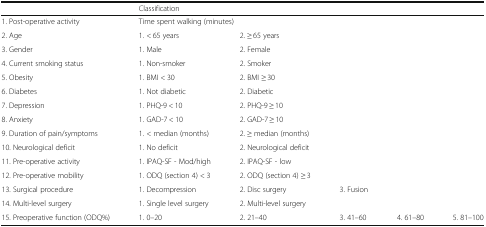
<table><thead><tr><td></td><td colspan="5"><b>Classification</b></td></tr></thead><tbody><tr><td>1. Post-operative activity</td><td colspan="2">Time spent walking (minutes)</td><td></td><td></td><td></td></tr><tr><td>2. Age</td><td>1. &lt; 65 years</td><td colspan="4">2. ≥ 65 years</td></tr><tr><td>3. Gender</td><td>1. Male</td><td>2. Female</td><td></td><td></td><td></td></tr><tr><td>4. Current smoking status</td><td>1. Non-smoker</td><td>2. Smoker</td><td></td><td></td><td></td></tr><tr><td>5. Obesity</td><td>1. BMI &lt; 30</td><td>2. BMI ≥ 30</td><td></td><td></td><td></td></tr><tr><td>6. Diabetes</td><td>1. Not diabetic</td><td>2. Diabetic</td><td></td><td></td><td></td></tr><tr><td>7. Depression</td><td>1. PHQ-9 &lt; 10</td><td>2. PHQ-9 ≥ 10</td><td></td><td></td><td></td></tr><tr><td>8. Anxiety</td><td>1. GAD-7 &lt; 10</td><td>2. GAD-7 ≥ 10</td><td></td><td></td><td></td></tr><tr><td>9. Duration of pain/symptoms</td><td>1. &lt; median (months)</td><td>2. ≥ median (months)</td><td></td><td></td><td></td></tr><tr><td>10. Neurological deficit</td><td>1. No deficit</td><td>2. Neurological deficit</td><td></td><td></td><td></td></tr><tr><td>11. Pre-operative activity</td><td>1. IPAQ-SF - Mod/high</td><td>2. IPAQ-SF - low</td><td></td><td></td><td></td></tr><tr><td>12. Pre-operative mobility</td><td>1. ODQ (section 4) &lt; 3</td><td>2. ODQ (section 4) ≥ 3</td><td></td><td></td><td></td></tr><tr><td>13. Surgical procedure</td><td>1. Decompression</td><td>2. Disc surgery</td><td>3. Fusion</td><td></td><td></td></tr><tr><td>14. Multi-level surgery</td><td>1. Single level surgery</td><td>2. Multi-level surgery</td><td></td><td></td><td></td></tr><tr><td>15. Preoperative function (ODQ%)</td><td>1. 0–20</td><td>2. 21–40</td><td>3. 41–60</td><td>4. 61–80</td><td>5. 81–100</td></tr></tbody></table>